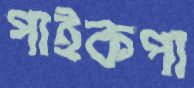
পাইকপা